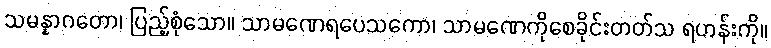
သမန္နာဂတော၊ ပြည့်စုံသော။ သာမဏေရပေသကော၊ သာမဏေကိုစေခိုင်းတတ်သ ရဟန်းကို။